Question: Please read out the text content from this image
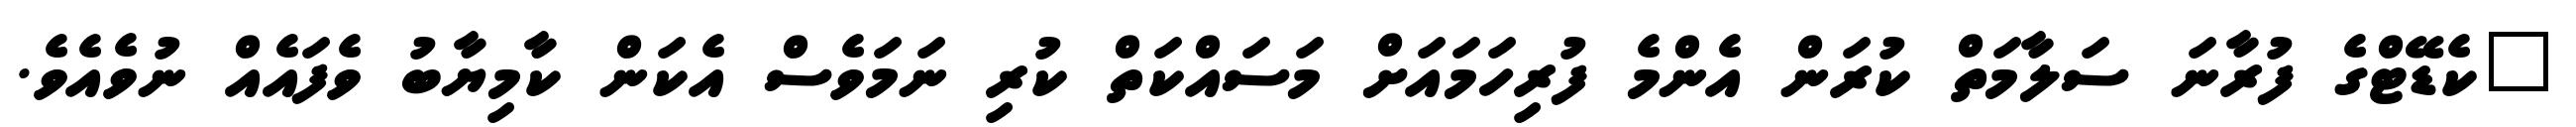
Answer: "ކެޑޭޓްގެ ފުރާނަ ސަލާމަތް ކުރަން އެންމެ ފުރިހަމައަށް މަސައްކަތް ކުރި ނަމަވެސް އެކަން ކާމިޔާބު ވެފައެއް ނުވެއެވެ.